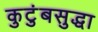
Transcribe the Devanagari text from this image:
कुटुंबसुद्धा